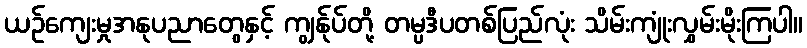
ယဉ်ကျေးမှုအနုပညာတွေနှင့် ကျွန်ုပ်တို့ တမ္ပဒီပတစ်ပြည်လုံး သိမ်းကျုံးလွှမ်းမိုးကြပါ။